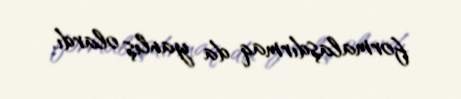
formalaşdırmaq da yanlış olardı.